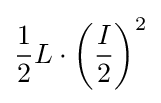
{\frac {1}{2}}L\cdot \left({\frac {I}{2}}\right)^{2}